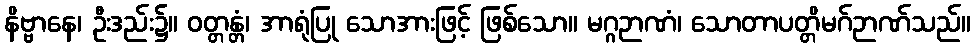
နိဗ္ဗာနေ၊ ဦးဒည်း၌။ ဝတ္တန္တံ၊ အာရုံပြု သောအားဖြင့် ဖြစ်သော။ မဂ္ဂဉာဏံ၊ သောတာပတ္တိမဂ်ဉာဏ်သည်။